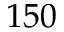
1 5 0